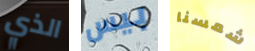
الذي بيس شمسنا